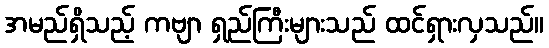
အမည်ရှိသည့် ကဗျာ ရှည်ကြီးများသည် ထင်ရှားလှသည်။